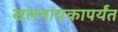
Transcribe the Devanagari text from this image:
खलनायकापर्यंत